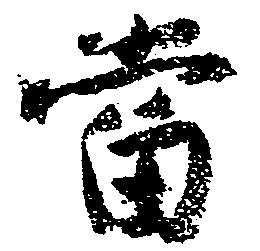
当